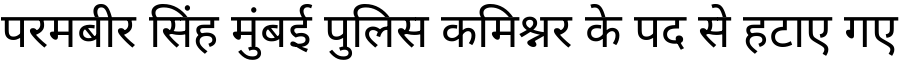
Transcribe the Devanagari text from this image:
परमबीर सिंह मुंबई पुलिस कमिश्नर के पद से हटाए गए